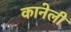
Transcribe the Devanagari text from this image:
कानेली